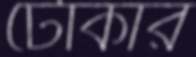
টোকার